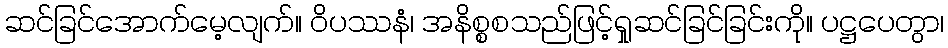
ဆင်ခြင်အောက်မေ့လျက်။ ဝိပဿနံ၊ အနိစ္စစသည်ဖြင့်ရှုဆင်ခြင်ခြင်းကို။ ပဋ္ဌပေတွာ၊